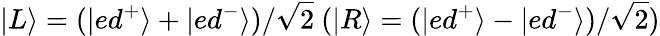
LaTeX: |L\rangle=(|ed^{+}\rangle+|ed^{-}\rangle)/\sqrt{2}~(|R\rangle=(|ed^{+}\rangle-|ed^{-}\rangle)/\sqrt{2})